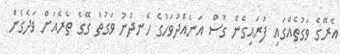
އެރޭގެ ވަގުތެއްގައި ފުރައިގެން ގޮސް އަނެއްދުވަހުގެ ހެނދުނު ވަގުތު ގޭގެ ތެރެއަށް ވަދެގެން